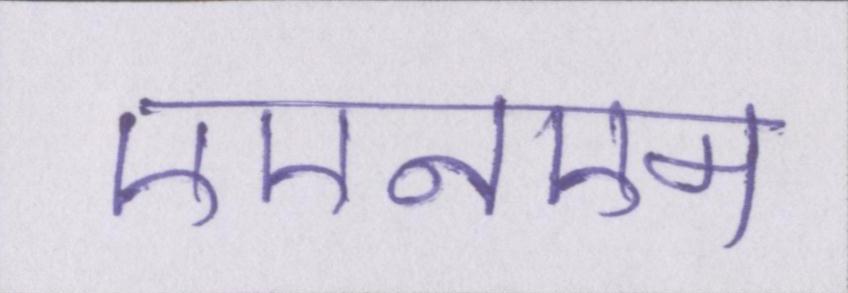
एएनएम